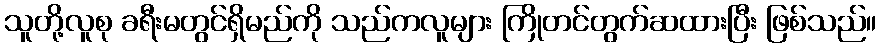
သူတို့လူစု ခရီးမတွင်ရှိမည်ကို သည်ကလူများ ကြိုတင်တွက်ဆထားပြီး ဖြစ်သည်။